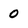
Character: 0